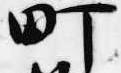
町